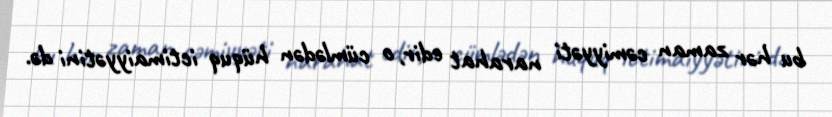
bu hər zaman cəmiyyəti narahat edir, o cümlədən hüquq ictimaiyyətini də.